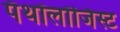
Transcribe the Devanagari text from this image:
पॅथॉलॉजिस्ट